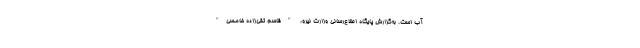
آب است. به‌گزارش پایگاه اطلاع‌رسانی وزارت نیرو، "قاسم تقی‌زاده خامسی"